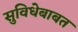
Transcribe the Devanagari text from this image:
सुविधेबाबत